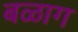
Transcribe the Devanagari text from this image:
बळाग